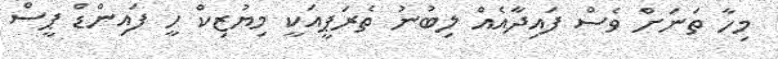
މިހާ ތަނަށް ވެސް ފައިދާއެއް ލިބުނު ތެރަޕީއަކީ މިޔުޒިކް ހީ ފައިންޑް ޕީސް